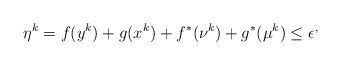
\begin{align*}\eta^k = f(y^k) + g(x^k) + f^*(\nu^k) + g^*(\mu^k) \leq \epsilon^,\end{align*}